Problem: 42 + 9 = ?
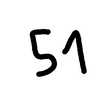
Handwritten answer: 51